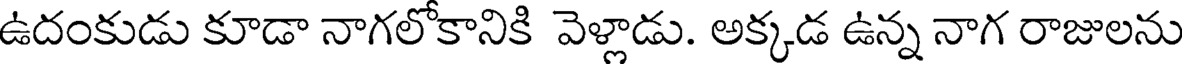
ఉదంకుడు కూడా నాగలోకానికి వెళ్లాడు. అక్కడ ఉన్న నాగ రాజులను